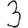
Digit: 3